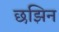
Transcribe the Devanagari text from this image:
छझिन